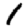
Digit: 1